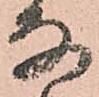
な